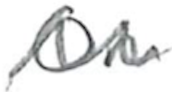
Text: On
Cross-out: wave
Writing tool: pencil